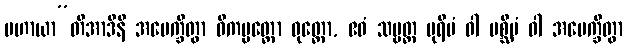
ပဟာယာ”တိအာဒီနိ အပေက္ခိတွာ ဝိကပ္ပတ္ထော ဝုတ္တော, ဧဝံ သဗ္ဗတ္ထ ပုရိမံ ဝါ ပစ္ဆိမံ ဝါ အပေက္ခိတွာ